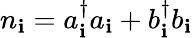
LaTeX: n_{\mathbf{i}}=a_{\mathbf{i}}^{\dagger}a_{\mathbf{i}}+b_{\mathbf{i}}^{\dagger}b_{\mathbf{i}}